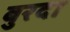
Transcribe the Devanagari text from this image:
बुरदा